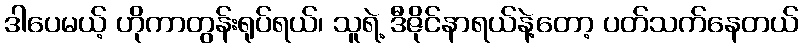
ဒါပေမယ့် ဟိုကာတွန်းရုပ်ရယ်၊ သူရဲ့ ဒီဇိုင်နာရယ်နဲ့တော့ ပတ်သက်နေတယ်